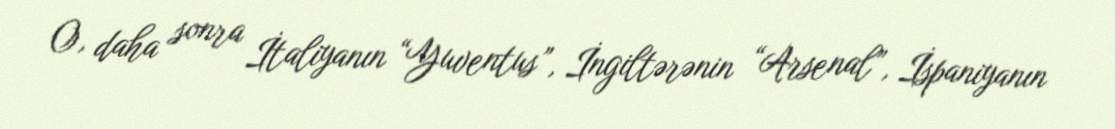
O, daha sonra İtaliyanın “Yuventus”, İngiltərənin “Arsenal”, İspaniyanın